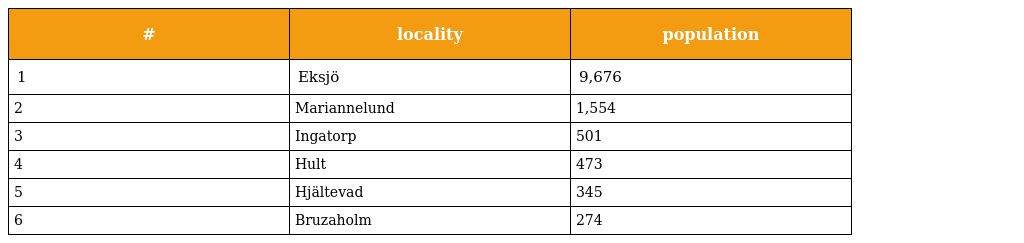
| # | locality | population |
 | --- | --- | --- |
 | 1 | Eksjö | 9,676 |
 | 2 | Mariannelund | 1,554 |
 | 3 | Ingatorp | 501 |
 | 4 | Hult | 473 |
 | 5 | Hjältevad | 345 |
 | 6 | Bruzaholm | 274 |